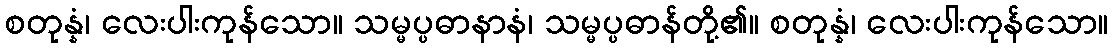
စတုန္နံ၊ လေးပါးကုန်သော။ သမ္မပ္ပဓာနာနံ၊ သမ္မပ္ပဓာန်တို့၏။ စတုန္နံ၊ လေးပါးကုန်သော။